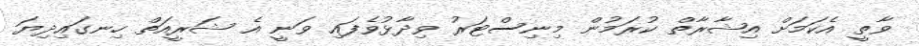
ވާތީ އެކަމަށް އިޝާރާތް ކުރަމުން މިނިސްޓަރު ވިދާޅުވެފައި ވަނީ އެ ޝަރީއަތް ހިނގައިދިޔަ